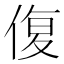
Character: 𮰁